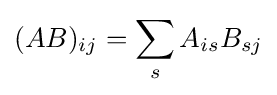
(AB)_{ij}=\sum _{s}A_{is}B_{sj}